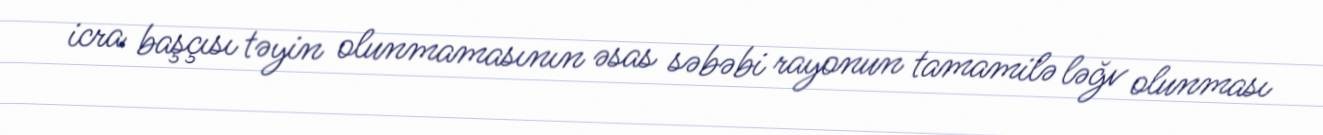
icra başçısı təyin olunmamasının əsas səbəbi rayonun tamamilə ləğv olunması